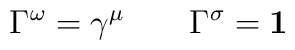
\/\Gamma ^\omega =\gamma ^\mu \qquad \/\Gamma ^\sigma ={\bf 1}